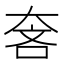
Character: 𱘵